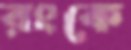
রংকে